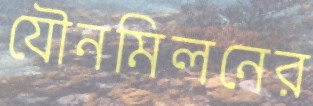
যৌনমিলনের